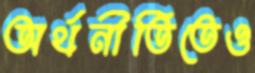
অর্থনীতিতেও